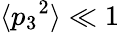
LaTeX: \langle{p_{3}}^{2}\rangle\ll 1